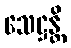
သေဋ္ဌန္တိ